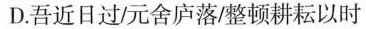
D.吾近日过/元舍庐落/整顿耕耘以时